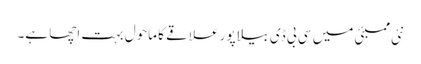
نئی ممبئی میں سی بی ڈی بیلا پور علاقے کا ماحول بہت اچھا ہے۔